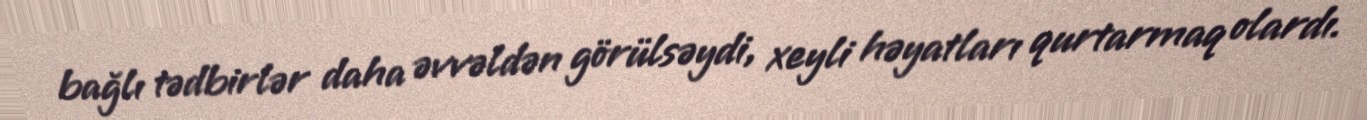
bağlı tədbirlər daha əvvəldən görülsəydi, xeyli həyatları qurtarmaq olardı.